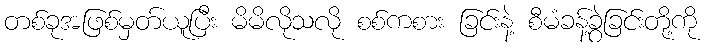
တစ်ခုအဖြစ်မှတ်ယူပြီး မိမိလိုသလို စစ်ကစား ခြင်းနဲ့ စီမံခန့်ခွဲခြင်းတို့ကို